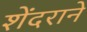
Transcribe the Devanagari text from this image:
शेंदराने